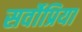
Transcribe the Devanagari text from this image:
सर्वोप्रिया